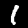
Digit: 1